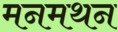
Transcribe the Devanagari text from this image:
मनमथन